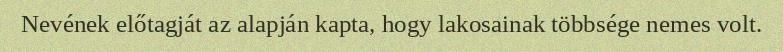
Nevének előtagját az alapján kapta, hogy lakosainak többsége nemes volt.